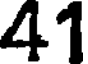
41